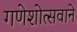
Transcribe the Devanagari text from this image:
गणेशोत्सवाने